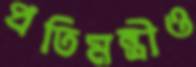
প্রতিমন্ত্রীও